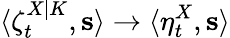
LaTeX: \langle\zeta_{t}^{X|K},\mathbf{s}\rangle\to\langle\eta_{t}^{X},\mathbf{s}\rangle